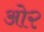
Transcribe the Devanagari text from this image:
ओ२